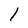
Character: 1